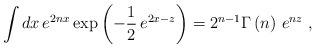
\begin{align*}\int dx\,e^{2nx}\exp \left( -\frac{1}{2}\,e^{2x-z}\right) =2^{n-1}\Gamma \left( n\right) \,e^{nz}~,\end{align*}